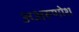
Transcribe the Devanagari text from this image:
अअरूणोश